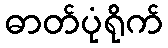
ဓာတ်ပုံရိုက်